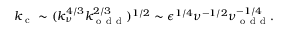
k _ { \mathrm { ~ c ~ } } \sim ( k _ { \nu } ^ { 4 / 3 } k _ { \mathrm { ~ o ~ d ~ d ~ } } ^ { 2 / 3 } ) ^ { 1 / 2 } \sim \epsilon ^ { 1 / 4 } \nu ^ { - 1 / 2 } \nu _ { \mathrm { ~ o ~ d ~ d ~ } } ^ { - 1 / 4 } .